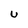
Character: U